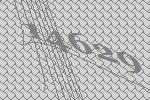
14629